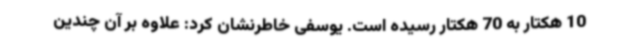
10 هکتار به 70 هکتار رسیده است. یوسفی خاطرنشان کرد: علاوه بر آن چندین